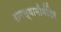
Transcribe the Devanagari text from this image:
रामस्वामीमंदिर